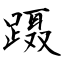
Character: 蹑